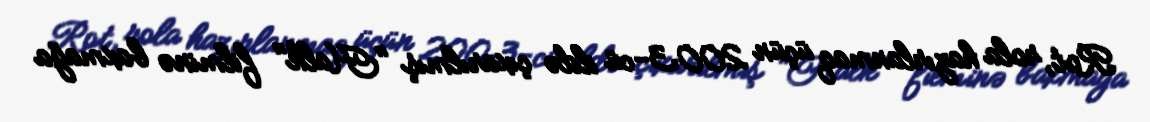
Rot, rola hazırlanmaq üçün 2003-cü ildə çıxarılmış "Halk" filminə baxmağa